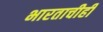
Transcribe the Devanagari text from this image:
भारताचीही